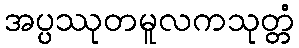
အပ္ပဿုတမူလကသုတ္တံ